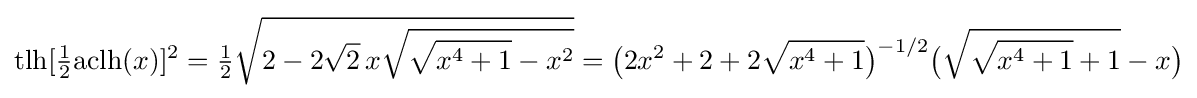
{\text{tlh}}[{\tfrac {1}{2}}{\text{aclh}}(x)]^{2}={\tfrac {1}{2}}{\sqrt {2-2{\sqrt {2}}\,x{\sqrt {{\sqrt {x^{4}+1}}-x^{2}}}}}={\bigl (}2x^{2}+2+2{\sqrt {x^{4}+1}}{\bigr )}^{-1/2}{\bigl (}{\sqrt {{\sqrt {x^{4}+1}}+1}}-x{\bigr )}